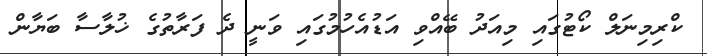
ކްރިމިނަލް ކޯޓުގައި މިއަދު ބޭއްވި އަޑުއެހުމުގައި ވަނީ ދެ ފަރާތުގެ ޚުލާސާ ބަޔާން